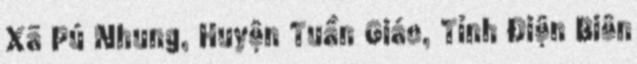
Xã Pú Nhung, Huyện Tuần Giáo, Tỉnh Điện Biên